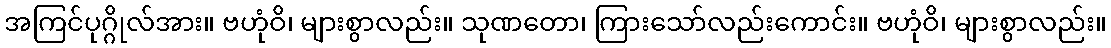
အကြင်ပုဂ္ဂိုလ်အား။ ဗဟုံဝိ၊ များစွာလည်း။ သုဏတော၊ ကြားသော်လည်းကောင်း။ ဗဟုံဝိ၊ များစွာလည်း။